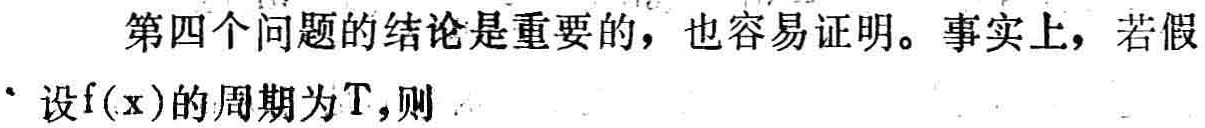
第四个问题的结论是重要的，也容易证明。事实上，若假
设\(f(x)\)的周期为\(T\)，则